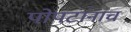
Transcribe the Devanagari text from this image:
पोपटांनाच